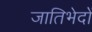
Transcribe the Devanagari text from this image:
जातिभेदों